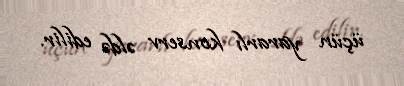
üçün yararlı konserv əldə edilir.